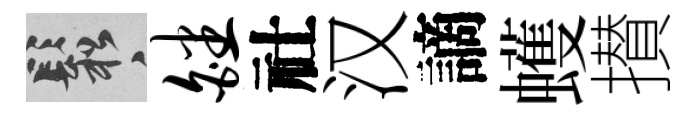
鬆皤社汉謫蠖攅